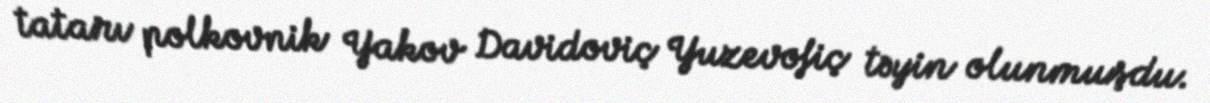
tatarı polkovnik Yakov Davidoviç Yuzevofiç təyin olunmuşdu.